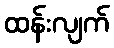
ထန်းလျက်